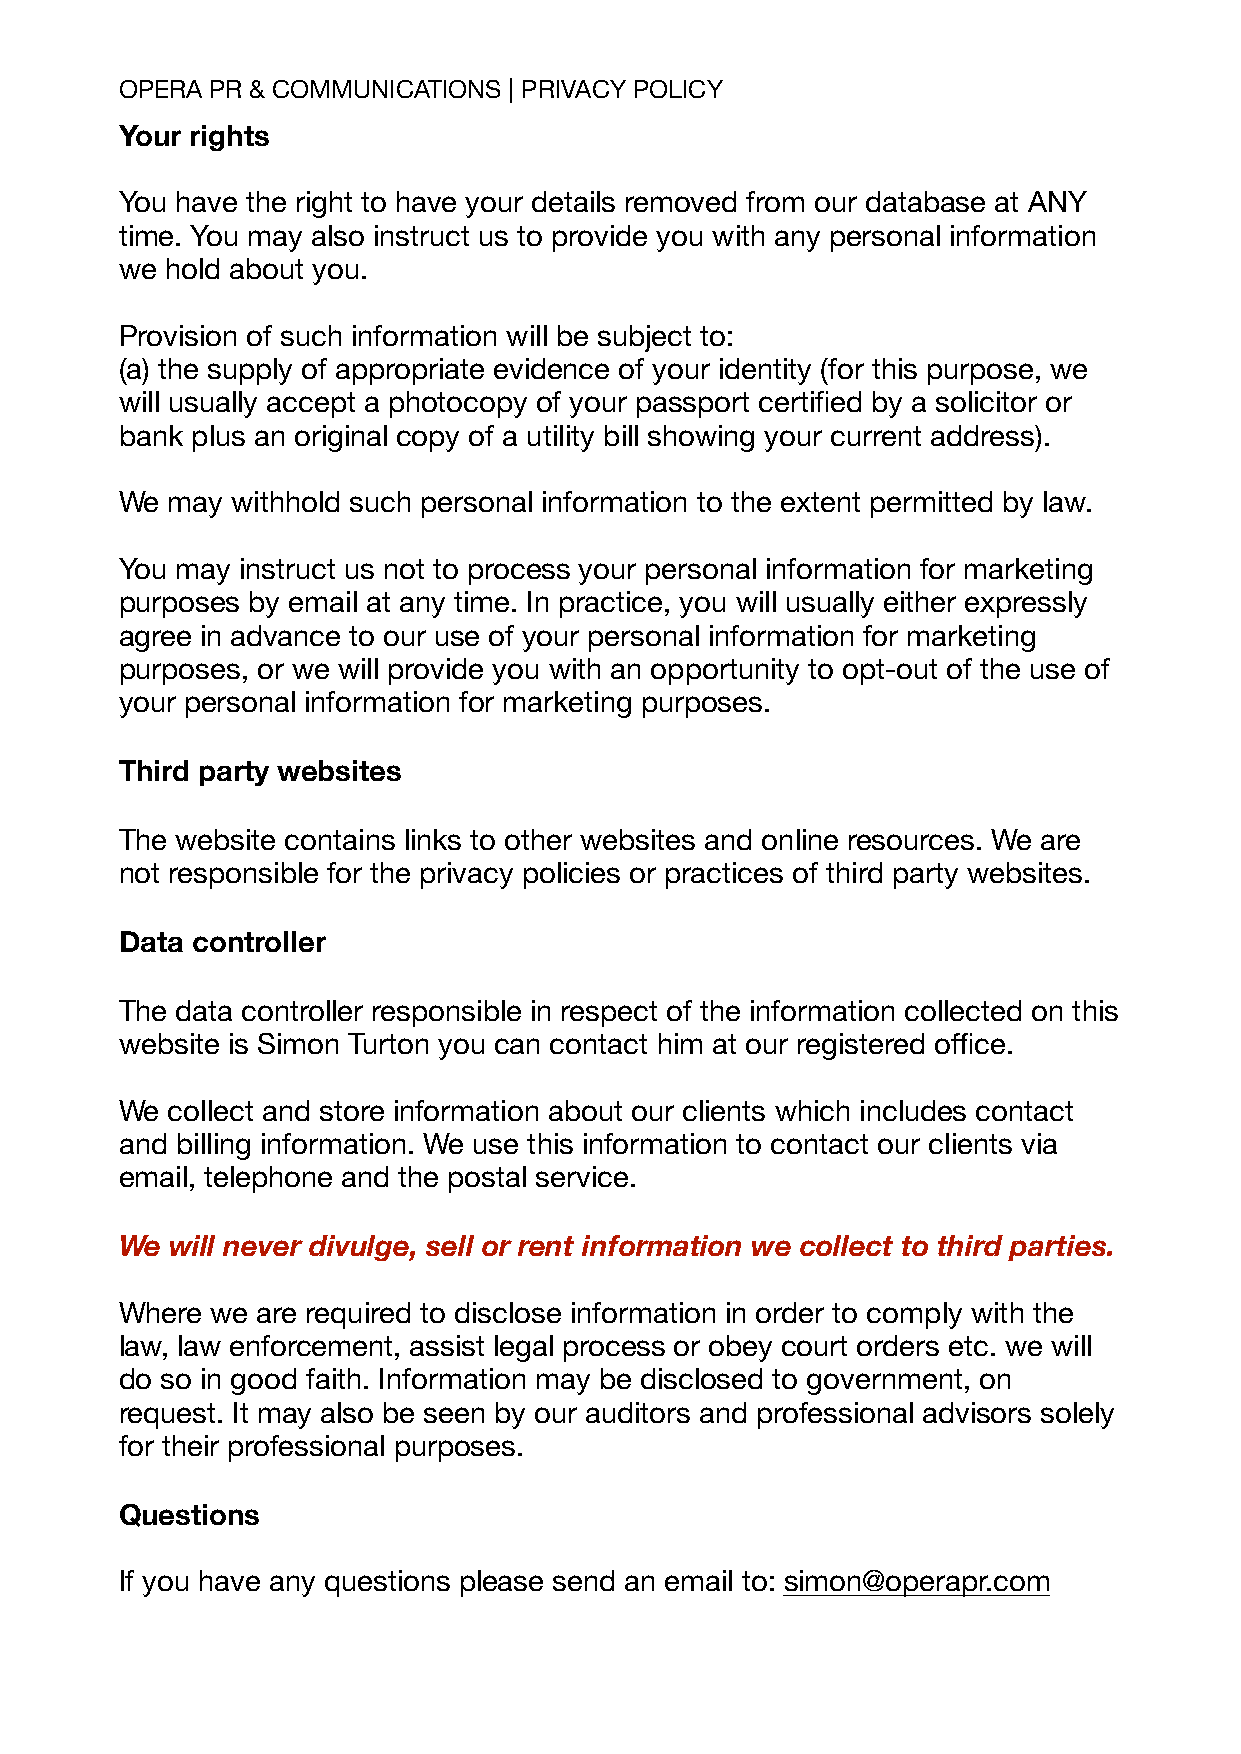
OPERA PR & COMMUNICATIONS | PRIVACY POLICY
 Your rights
 You have the right to have your details removed from our database at ANY
 time. You may also instruct us to provide you with any personal information
 we hold about you.
 Provision of such information will be subject to:
 (a) the supply of appropriate evidence of your identity (for this purpose, we
 will usually accept a photocopy of your passport certified by a solicitor or
 bank plus an original copy of a utility bill showing your current address).
 We may withhold such personal information to the extent permitted by law.
 You may instruct us not to process your personal information for marketing
 purposes by email at any time. In practice, you will usually either expressly
 agree in advance to our use of your personal information for marketing
 purposes, or we will provide you with an opportunity to opt-out of the use of
 your personal information for marketing purposes.
 Third party websites
 The website contains links to other websites and online resources. We are
 not responsible for the privacy policies or practices of third party websites.
 Data controller
 The data controller responsible in respect of the information collected on this
 website is Simon Turton you can contact him at our registered office.
 We collect and store information about our clients which includes contact
 and billing information. We use this information to contact our clients via
 email, telephone and the postal service.
 We will never divulge, sell or rent information we collect to third parties.
 Where we are required to disclose information in order to comply with the
 law, law enforcement, assist legal process or obey court orders etc. we will
 do so in good faith. Information may be disclosed to government, on
 request. It may also be seen by our auditors and professional advisors solely
 for their professional purposes.
 Questions
 If you have any questions please send an email to: simon@operapr.com